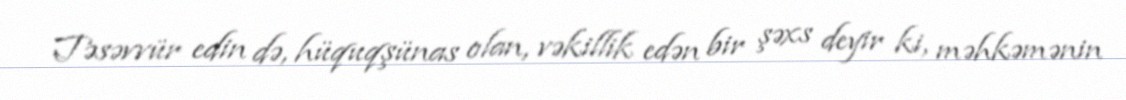
Təsəvvür edin də, hüquqşünas olan, vəkillik edən bir şəxs deyir ki, məhkəmənin